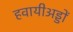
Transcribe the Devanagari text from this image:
हवायीअड्डों